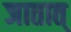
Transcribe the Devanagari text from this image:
जातात्